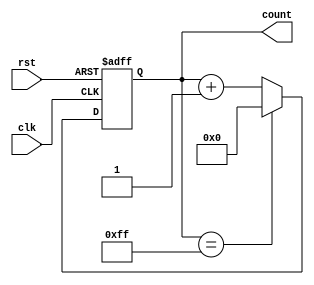
module ModulusCounter (
    input wire clk,
    input wire rst,
    output reg [7:0] count
);

parameter MODULUS = 255; // specify maximum count value

always @(posedge clk or posedge rst) begin
    if (rst) begin
        count <= 0;
    end else begin
        if (count == MODULUS) begin
            count <= 0;
        end else begin
            count <= count + 1;
        end
    end
end

endmodule